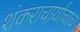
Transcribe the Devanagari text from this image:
शंकराचार्याचाच